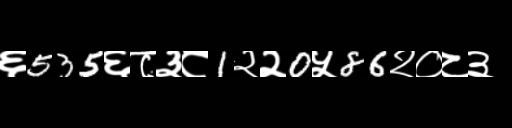
Text: ६535६८३८1२२0५86२०८३